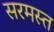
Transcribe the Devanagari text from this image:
सरमस्त